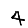
Digit: 4